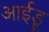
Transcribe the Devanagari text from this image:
आईडू